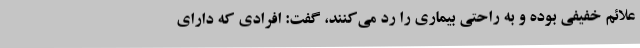
علائم خفیفی بوده و به راحتی بیماری را رد می‌کنند، گفت: افرادی که دارای